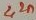
Text: 2,2n